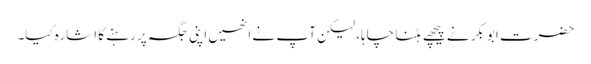
حضرت ابوبکر نے پیچھے ہٹنا چاہا، لیکن آپ نے انھیں اپنی جگہ پر رہنے کا اشارہ کیا۔